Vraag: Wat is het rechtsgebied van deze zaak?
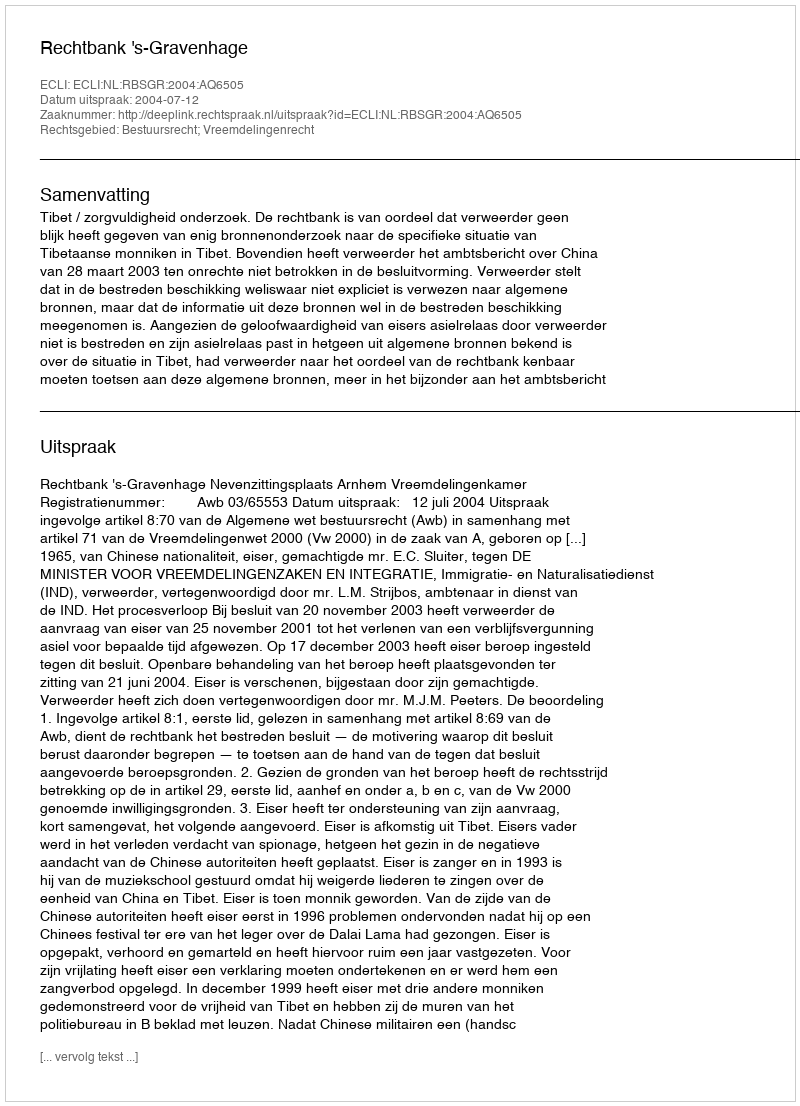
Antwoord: Bestuursrecht; Vreemdelingenrecht